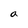
Character: a